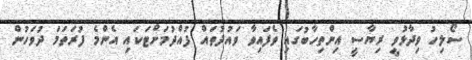
ސޯލިހު ވިދާޅުވީ ރިޔާސީ އިންތިހާބުގައި ވެފައިވާ ވައުދުތައް ފުއްދުމަށްޓަކައި އެންމެ ފުރަތަމަ ދުވަހުން